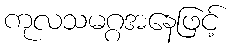
ကုလသမဂ္ဂအနေဖြင့်